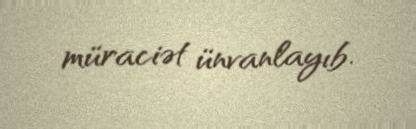
müraciət ünvanlayıb.